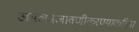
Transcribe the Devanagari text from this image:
अमलबजावणीकरण्याकरिता